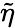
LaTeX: \widetilde{\eta}